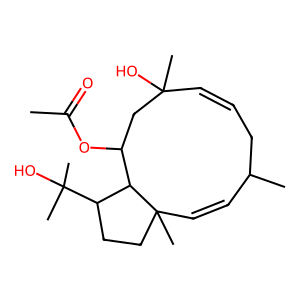
SMILES: CC(=O)OC1CC(C)(O)C=CCC(C)C=CC2(C)CCC(C(C)(C)O)C12
Inhibits HIV replication: No